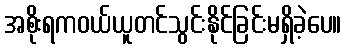
အစိုးရကဝယ်ယူတင်သွင်းနိုင်ခြင်းမရှိခဲ့ပေ။